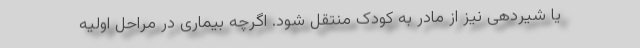
یا شیردهی نیز از مادر به کودک منتقل شود. اگرچه بیماری در مراحل اولیه